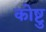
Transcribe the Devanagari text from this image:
कोष्टु